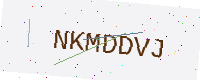
Text: NKMDDVJ